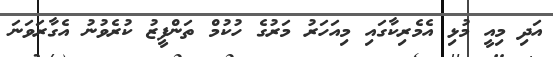
އަދި މިއީ މުޅި އެމެރިކާގައި މިއަހަރު މަރުގެ ހުކުމް ތަންފީޒު ކުރެވުނު އެގާރަވަނަ